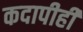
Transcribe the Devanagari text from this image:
कदापीही